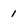
Character: 1